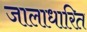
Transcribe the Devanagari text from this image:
जालाधारित